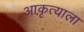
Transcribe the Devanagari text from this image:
आकृत्याला